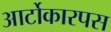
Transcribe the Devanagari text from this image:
आर्टोकारपस